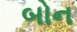
બોન